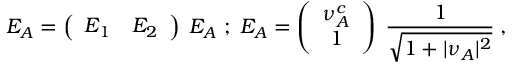
E _ { A } = \left( \begin{array} { c c } { { E _ { 1 } } } & { { E _ { 2 } } } \end{array} \right) \; { \cal E } _ { A } \; ; \; { \cal E } _ { A } = \left( \begin{array} { c } { { \nu _ { A } ^ { c } } } \\ { { 1 } } \end{array} \right) \; { \frac { 1 } { \sqrt { 1 + \vert \nu _ { A } \vert ^ { 2 } } } } \; ,